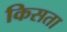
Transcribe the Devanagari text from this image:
किसता